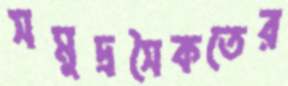
সমুদ্রসৈকতের